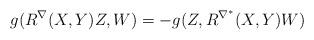
LaTeX: \begin{align*} g(R^{\nabla}(X,Y)Z,W) = -g(Z,R^{\nabla^{*}}(X,Y)W) \end{align*}